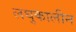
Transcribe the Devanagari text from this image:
लघुकालीन